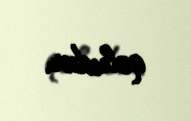
qoludur.